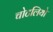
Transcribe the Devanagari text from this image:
चोटलियो